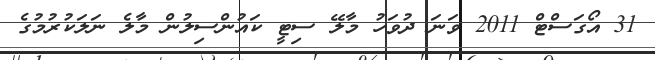
31 އޯގަސްޓް 2011 ވަނަ ދުވަހު މާލޭ ސިޓީ ކައުންސިލުން މާލެ ނަލަކުރުމުގެ